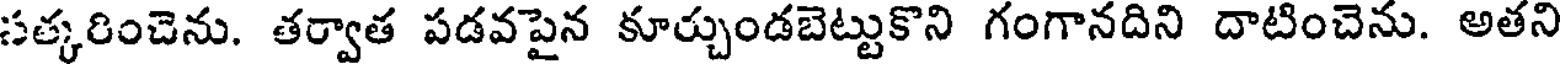
సత్కరించెను. తర్వాత పడవపైన కూర్చుండబెట్టుకొని గంగానదిని దాటించెను. అతని